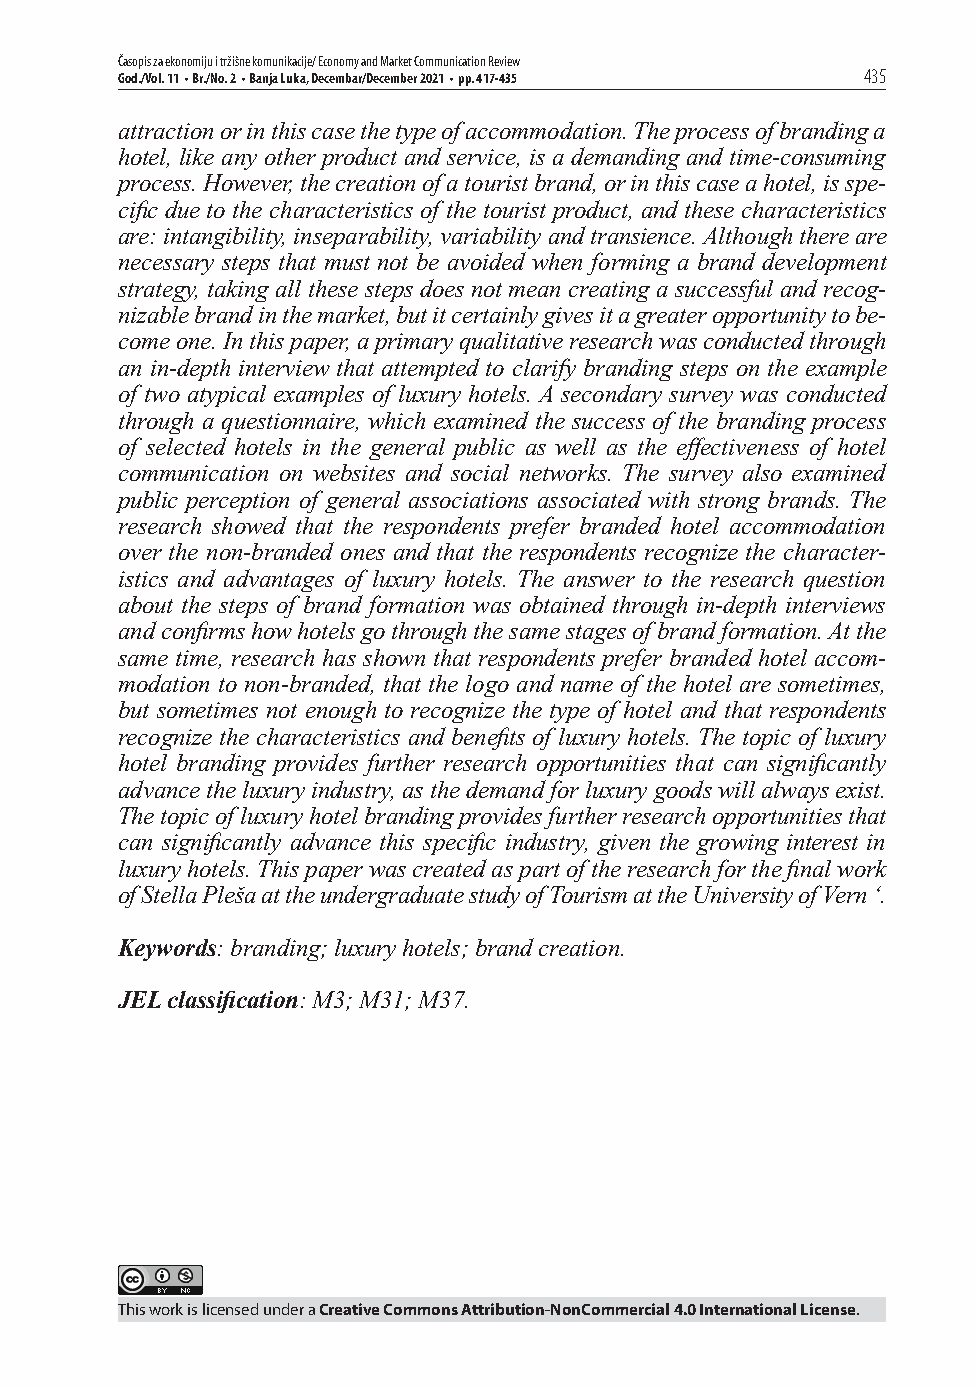
Časopis za ekonomiju i tržišne komunikacije/ Economy and Market Communication Review
 God./Vol. 11 • Br./No. 2 • Banja Luka, Decembar/December 2021 • pp. 417-435 435
 attraction or in this case the type of accommodation. The process of branding a
 hotel, like any other product and service, is a demanding and time-consuming
 process. However, the creation of a tourist brand, or in this case a hotel, is spe-
 cifi c due to the characteristics of the tourist product, and these characteristics
 are: intangibility, inseparability, variability and transience. Although there are
 necessary steps that must not be avoided when forming a brand development
 strategy, taking all these steps does not mean creating a successful and recog-
 nizable brand in the market, but it certainly gives it a greater opportunity to be-
 come one. In this paper, a primary qualitative research was conducted through
 an in-depth interview that attempted to clarify branding steps on the example
 of two atypical examples of luxury hotels. A secondary survey was conducted
 through a questionnaire, which examined the success of the branding process
 of selected hotels in the general public as well as the eff ectiveness of hotel
 communication on websites and social networks. The survey also examined
 public perception of general associations associated with strong brands. The
 research showed that the respondents prefer branded hotel accommodation
 over the non-branded ones and that the respondents recognize the character-
 istics and advantages of luxury hotels. The answer to the research question
 about the steps of brand formation was obtained through in-depth interviews
 and confi rms how hotels go through the same stages of brand formation. At the
 same time, research has shown that respondents prefer branded hotel accom-
 modation to non-branded, that the logo and name of the hotel are sometimes,
 but sometimes not enough to recognize the type of hotel and that respondents
 recognize the characteristics and benefi ts of luxury hotels. The topic of luxury
 hotel branding provides further research opportunities that can signifi cantly
 advance the luxury industry, as the demand for luxury goods will always exist.
 The topic of luxury hotel branding provides further research opportunities that
 can signifi cantly advance this specifi c industry, given the growing interest in
 luxury hotels. This paper was created as part of the research for the fi nal work
 of Stella Pleša at the undergraduate study of Tourism at the University of Vern ‘.
 Keywords: branding; luxury hotels; brand creation.
 JEL classifi cation: M3; M31; M37.
 This work is licensed under a Creative Commons Attribution-NonCommercial 4.0 International License.